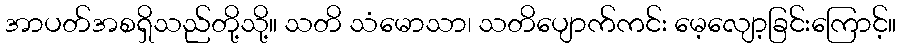
အာပတ်အစရှိသည်တို့သို့။ သတိ သံမောသာ၊ သတိပျောက်ကင်း မေ့လျော့ခြင်းကြောင့်။